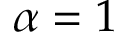
\alpha = 1